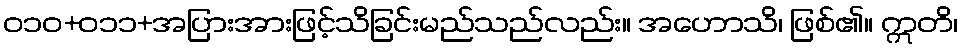
ဝ၁၀+၀၁၁+အပြားအားဖြင့်သိခြင်းမည်သည်လည်း။ အဟောသိ၊ ဖြစ်၏။ ဣတိ၊